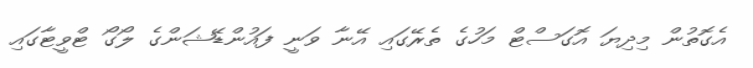
އެގޮތުން މިދިޔަ އޮގަސްޓް މަހުގެ ތެރޭގައި އޭނާ ވަނީ ފައުންޑޭޝަންގެ ލޯގޯ ޓްވީޓާގައި